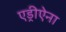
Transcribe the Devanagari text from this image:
एड्रीऐना